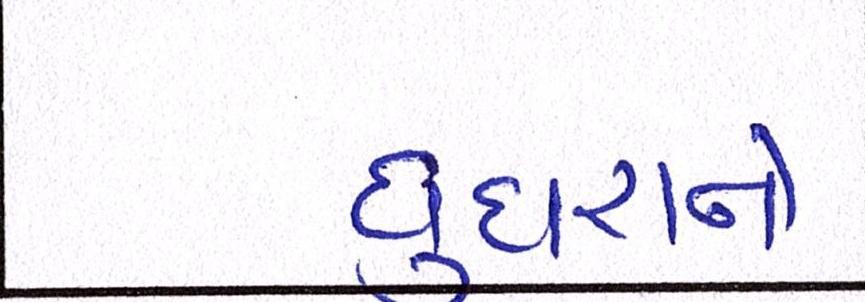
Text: ઘુઘરાને